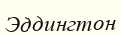
Эддингтон